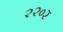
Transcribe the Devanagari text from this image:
२२०र